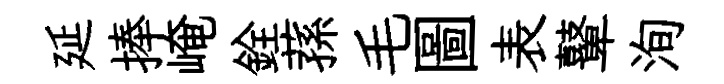
延捧崦銓蓀毛圖表鼙洵